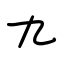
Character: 九